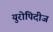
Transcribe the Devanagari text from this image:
युरोपिदीज